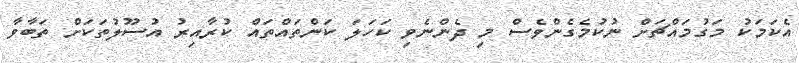
އެކަމަކު މަގުމައްޗަށް ނުކުމެގެންވެސް މި ދެންނެވި ކަހަލަ ކަންތައްތައް ކުރާއިރު އުސޫލުތަކަށް ތަބާވާ